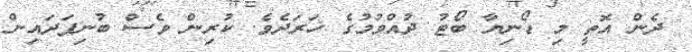
ދެން އޮތީ މި ޑޯނިޔާ ބޯޓު ދުއްވުމުގެ ޚަރަދެވެ. ކުރިން ވެސް ބުނިފަދައިން